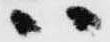
ハ